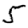
Digit: 5